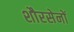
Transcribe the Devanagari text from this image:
शौरसेनों